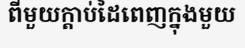
ពីមួយក្តាប់ដៃពេញក្នុងមួយ